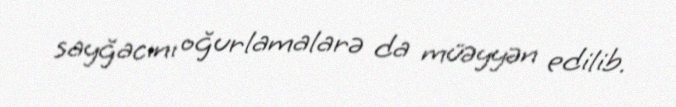
sayğacını oğurlamalarə da müəyyən edilib.